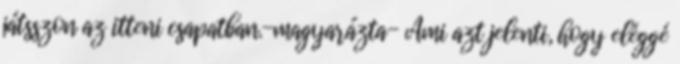
játsszon az itteni csapatban.-magyarázta- Ami azt jelenti, hogy eléggé